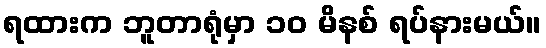
ရထားက ဘူတာရုံမှာ ၁၀ မိနစ် ရပ်နားမယ်။